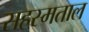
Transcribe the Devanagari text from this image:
सहस्मताल